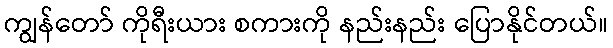
ကျွန်တော် ကိုရီးယား စကားကို နည်းနည်း ပြောနိုင်တယ်။